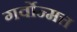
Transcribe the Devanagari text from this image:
गर्वोन्मत्त